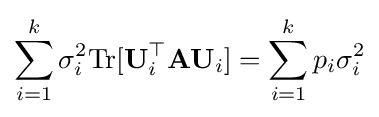
\sum _{i=1}^{k}\sigma _{i}^{2}\mathrm {Tr} [\mathbf {U} _{i}^{\top }\mathbf {A} \mathbf {U} _{i}]=\sum _{i=1}^{k}p_{i}\sigma _{i}^{2}